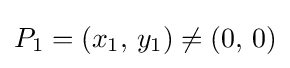
P_{1}=\left(x_{1},\,y_{1}\right)\neq (0,\,0)